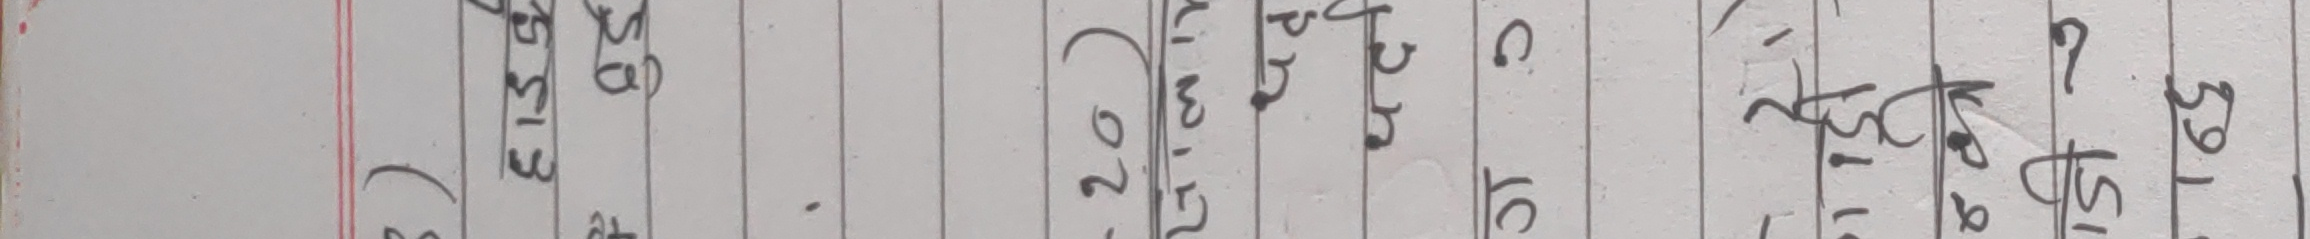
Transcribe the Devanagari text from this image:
) २० २० प स २ ७ १५ ७ ९
३१९ २७म १० मा स २१ १७ १५ १७ १९
६३५ २५ १८ प ० १ २७ २५ २७ २९
८४
५१३
५९